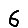
Digit: 6